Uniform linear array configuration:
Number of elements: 32
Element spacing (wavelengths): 0.75
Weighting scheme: blackman
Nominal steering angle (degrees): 15
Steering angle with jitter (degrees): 13.332
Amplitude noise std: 0.05
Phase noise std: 0.05

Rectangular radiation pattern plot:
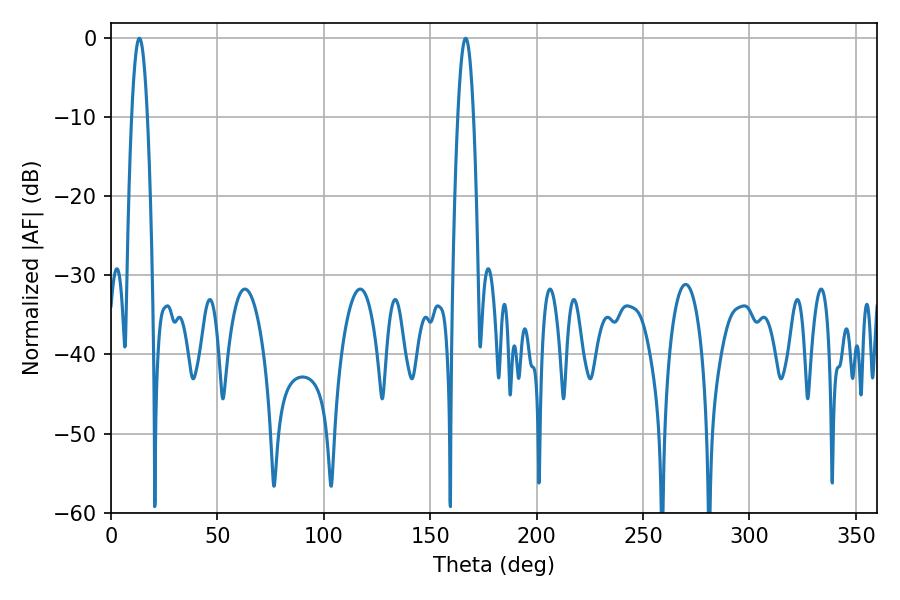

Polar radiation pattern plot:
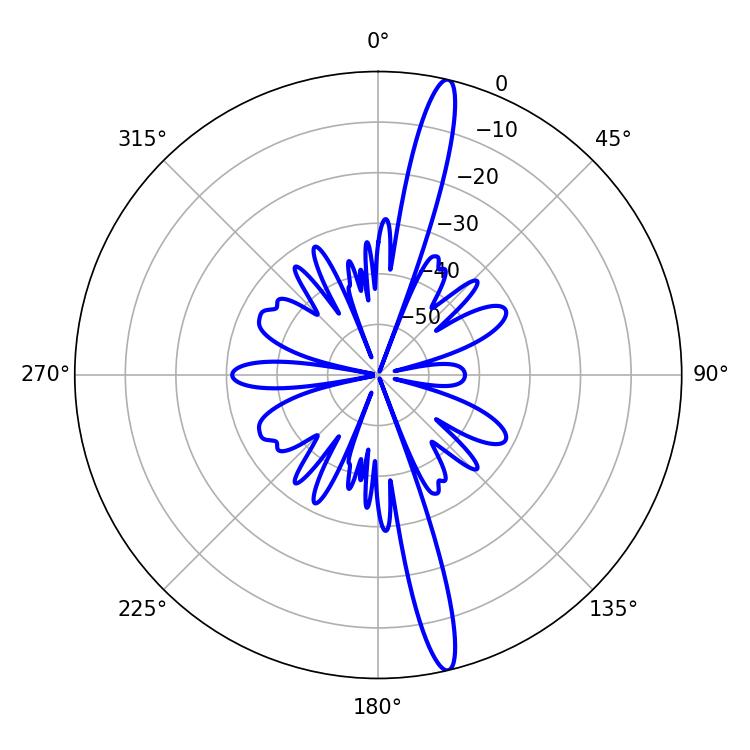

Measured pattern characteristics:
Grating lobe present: TRUE
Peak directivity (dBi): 17.525
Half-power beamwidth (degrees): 3.96
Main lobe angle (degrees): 13.32